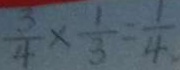
\frac { 3 } { 4 } \times \frac { 1 } { 3 } = \frac { 1 } { 4 }